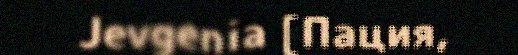
Jevgenia [Пация,